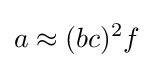
a\approx (bc)^{2}f